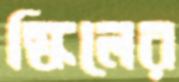
স্কিলের